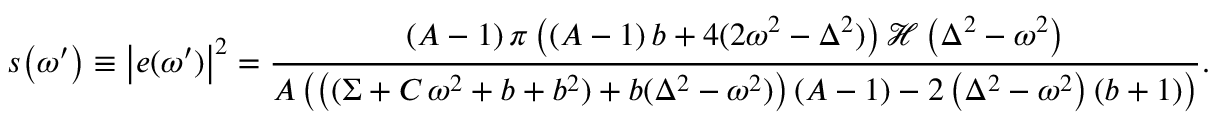
s \! \left( \omega ^ { \prime } \right) \equiv \left| e ( \omega ^ { \prime } ) \right| ^ { 2 } = \frac { \left( A - 1 \right) \pi \left( \left( A - 1 \right) b + 4 ( 2 \omega ^ { 2 } - \Delta ^ { 2 } ) \right) \mathcal { H } \left( \Delta ^ { 2 } - \omega ^ { 2 } \right) } { A \left( \left( ( \Sigma + C \, \omega ^ { 2 } + b + b ^ { 2 } ) + b ( \Delta ^ { 2 } - \omega ^ { 2 } ) \right) \left( A - 1 \right) - 2 \left( \Delta ^ { 2 } - \omega ^ { 2 } \right) \left( b + 1 \right) \right) } .